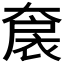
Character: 𡙤